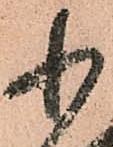
小